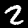
Digit: 2